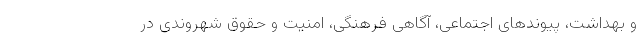
و بهداشت، پیوندهای اجتماعی، آگاهی فرهنگی، امنیت و حقوق شهروندی در